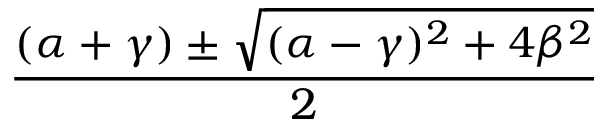
\frac { ( \alpha + \gamma ) \pm \sqrt { ( \alpha - \gamma ) ^ { 2 } + 4 \beta ^ { 2 } } } { 2 }